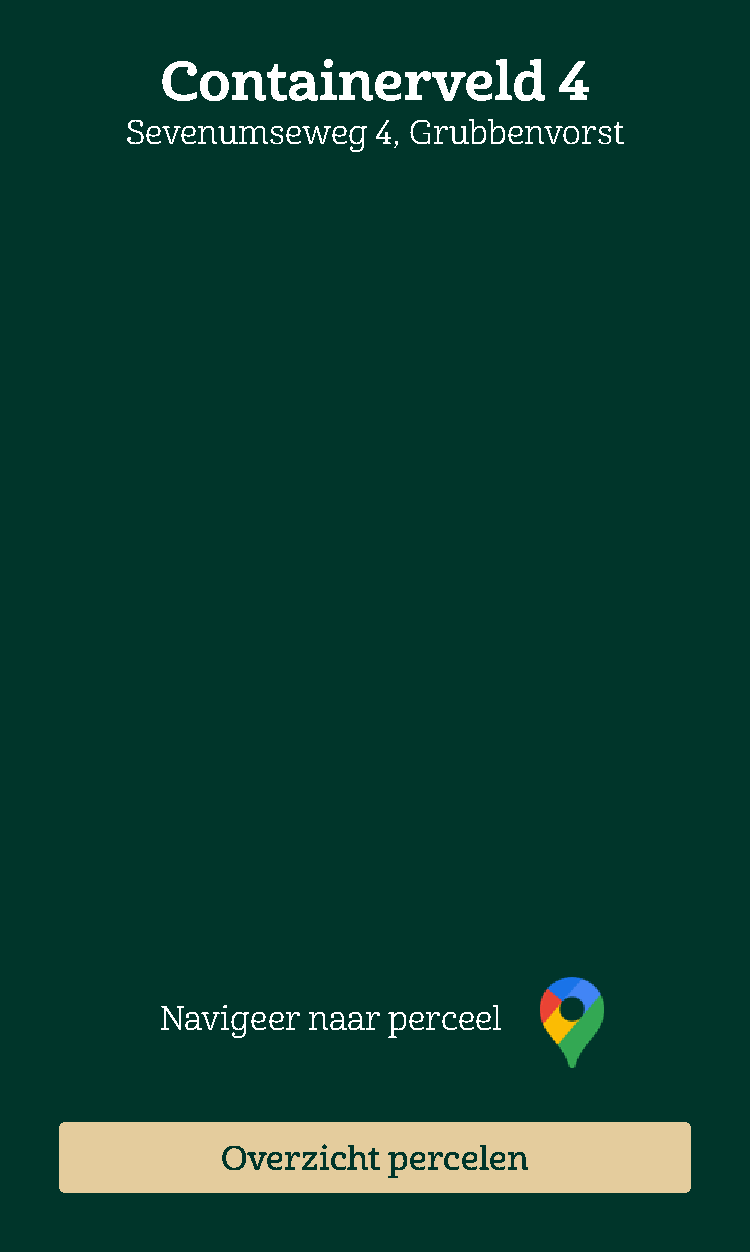
Containerveld             4
 Sevenumseweg     4, Grubbenvorst
 Navigeer naar  perceel
 Overzicht  percelen